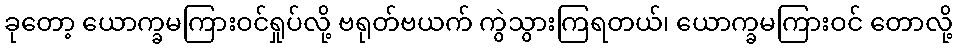
ခုတော့ ယောက္ခမကြားဝင်ရှုပ်လို့ ဗရုတ်ဗယက် ကွဲသွားကြရတယ်၊ ယောက္ခမကြားဝင် တောလို့